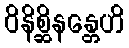
ဝိနိစ္ဆိနန္တေဟိ